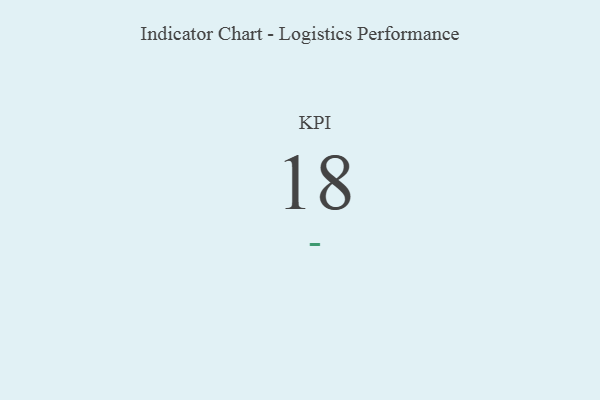
{"axis": {"x": "KPI", "y": "Value"}, "legend": [""], "data": [{"x": "KPI", "y": 18, "type": ""}]}